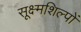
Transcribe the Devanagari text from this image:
सूक्ष्मशिल्पों